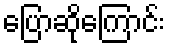
ပြောဆိုကြောင်း